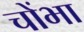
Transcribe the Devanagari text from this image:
चोंभा